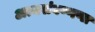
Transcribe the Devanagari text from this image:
अत्थसंवण्णणा